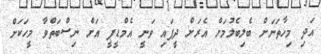
އަދި މިހާތަނަށް ބެލިބެލުމަށް އެރަށް ދީފައި ވަނީ އެމްޑީޕީ އަށް ނިސްބަތްވާ މީހަކަށް